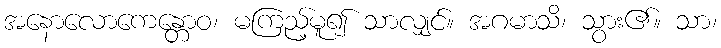
အနောလောကေန္တောဝ၊ မကြည့်မူ၍ သာလျှင်။ အဂမာသိ၊ သွား၏။ သာ၊